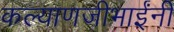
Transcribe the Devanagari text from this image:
कल्याणजीभाईंनी